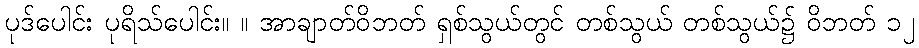
ပုဒ်ပေါင်း ပုရိသ်ပေါင်း။ ။ အာချာတ်ဝိဘတ် ရှစ်သွယ်တွင် တစ်သွယ် တစ်သွယ်၌ ဝိဘတ် ၁၂